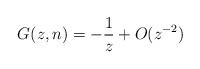
LaTeX: \begin{align*} G(z,n)=-\frac{1}{z} +O(z^{-2})\end{align*}